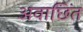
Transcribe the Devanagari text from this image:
अवाछिंत